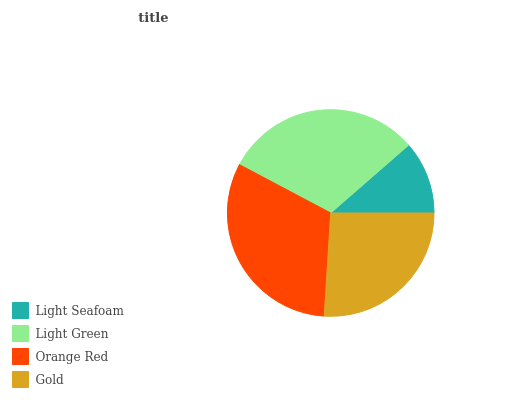
| Light Seafoam | Light Green | Orange Red | Gold |
 | --- | --- | --- | --- |
 | 11.4% | 30.9% | 31.7% | 26% |